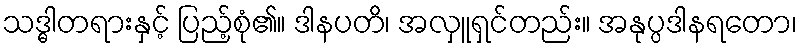
သဒ္ဓါတရားနှင့် ပြည့်စုံ၏။ ဒါနပတိ၊ အလှူရှင်တည်း။ အနုပ္ပဒါနရတော၊